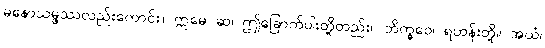
မနောသမ္ဖဿလည်းကောင်း။ ဣမေ ဆ၊ ဤခြောက်ပါးတို့တည်း။ ဘိက္ခဝေ၊ ရဟန်းတို့။ အယံ၊